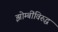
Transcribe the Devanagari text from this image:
झोम्बींविरुद्ध